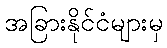
အခြားနိုင်ငံများမှ